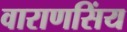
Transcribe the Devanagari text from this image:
वाराणसिंय